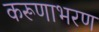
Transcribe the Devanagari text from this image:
करूणाभरण